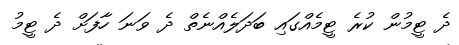
ދެ ޓީމުން ކުރެ ޓީމެއްގައި ބަދަލެއްނެތް ދެ ވަނަ ހާފަށް ދެ ޓީމު